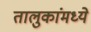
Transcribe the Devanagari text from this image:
तालुकांमध्ये